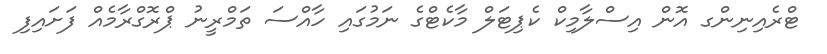
ޓްރެއިނިންގ އޮން އިސްލާމިކް ކެޕިޓަލް މާކެޓްގެ ނަމުގައި ހާއްސަ ތަމްރީނު ޕްރޮގްރާމެއް ފަށައިފި